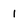
Character: i